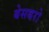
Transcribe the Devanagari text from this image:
बेसबरो